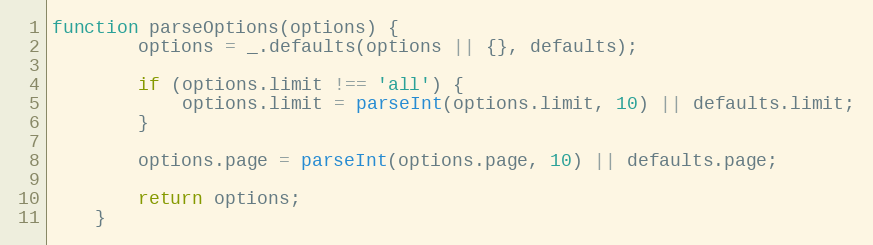
Language: JavaScript
function parseOptions(options) {
        options = _.defaults(options || {}, defaults);

        if (options.limit !== 'all') {
            options.limit = parseInt(options.limit, 10) || defaults.limit;
        }

        options.page = parseInt(options.page, 10) || defaults.page;

        return options;
    }